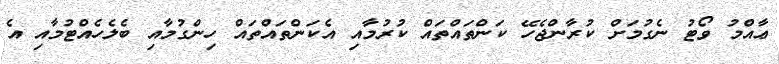
ޢާއްމު ވޯޓު ނެގުމަށް ކުރާންޖެހޭ ކަންތައްތައް ކުރުމާއި އެކަންތައްތައް ހިންގުމާއި ބެލެހެއްޓުމާއި އެ